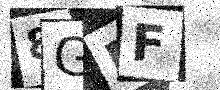
Text: 8GMF